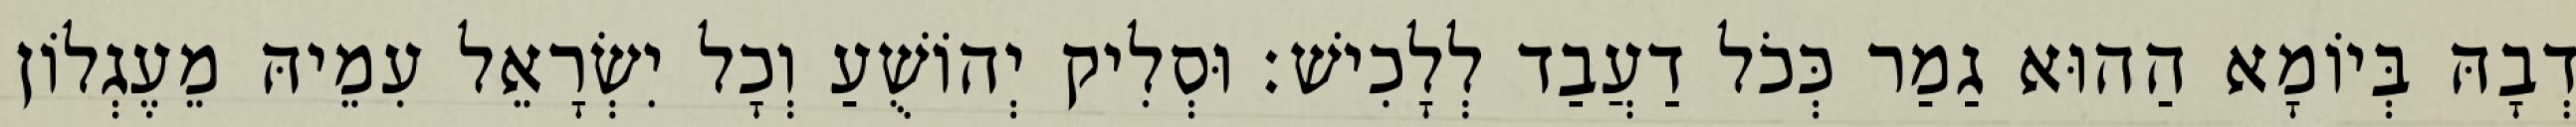
דְבָהּ בְּיוֹמָא הַהוּא גַמַר כְּכֹל דַעֲבַד לְלָכִישׁ׃ וּסְלִיק יְהוֹשֻׁעַ וְכָל יִשְׂרָאֵל עִמֵיהּ מֵעֶגְלוֹן